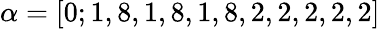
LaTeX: \alpha=[0;1,8,1,8,1,8,2,2,2,2,2]